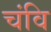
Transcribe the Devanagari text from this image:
चंवि